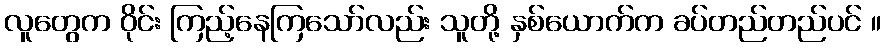
လူတွေက ဝိုင်း ကြည့်နေကြသော်လည်း သူတို့ နှစ်ယောက်က ခပ်တည်တည်ပင် ။